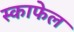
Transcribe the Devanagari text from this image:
स्काफेल